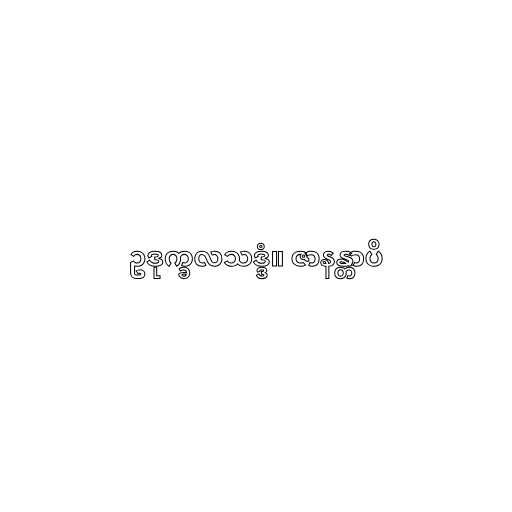
ဥဒုက္ခလသဒ္ဒံ။ ဇာနန္တာပိ